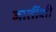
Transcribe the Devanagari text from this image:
जातींशी